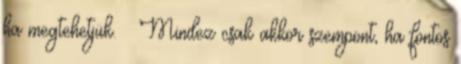
ha megtehetjük. – Mindez csak akkor szempont, ha fontos